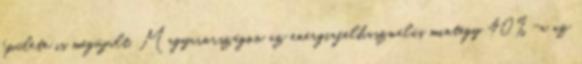
épülete is megújult. Magyarországon az energiafelhasználás mintegy 40%-a az